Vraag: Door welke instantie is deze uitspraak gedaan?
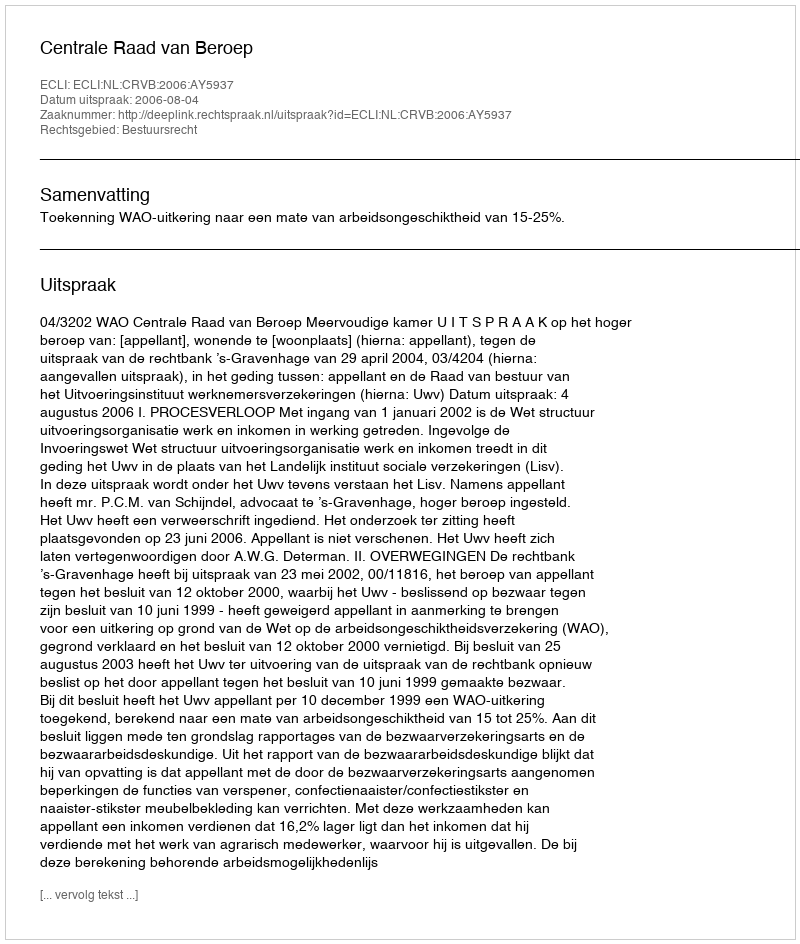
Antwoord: Centrale Raad van Beroep